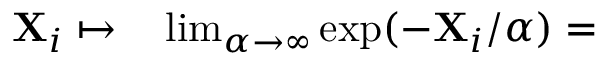
\begin{array} { r l } { \mathbf { X } _ { i } \mapsto } & { { } \operatorname* { l i m } _ { \alpha \to \infty } \mathrm { e x p } ( - \mathbf { X } _ { i } / \alpha ) = } \end{array}